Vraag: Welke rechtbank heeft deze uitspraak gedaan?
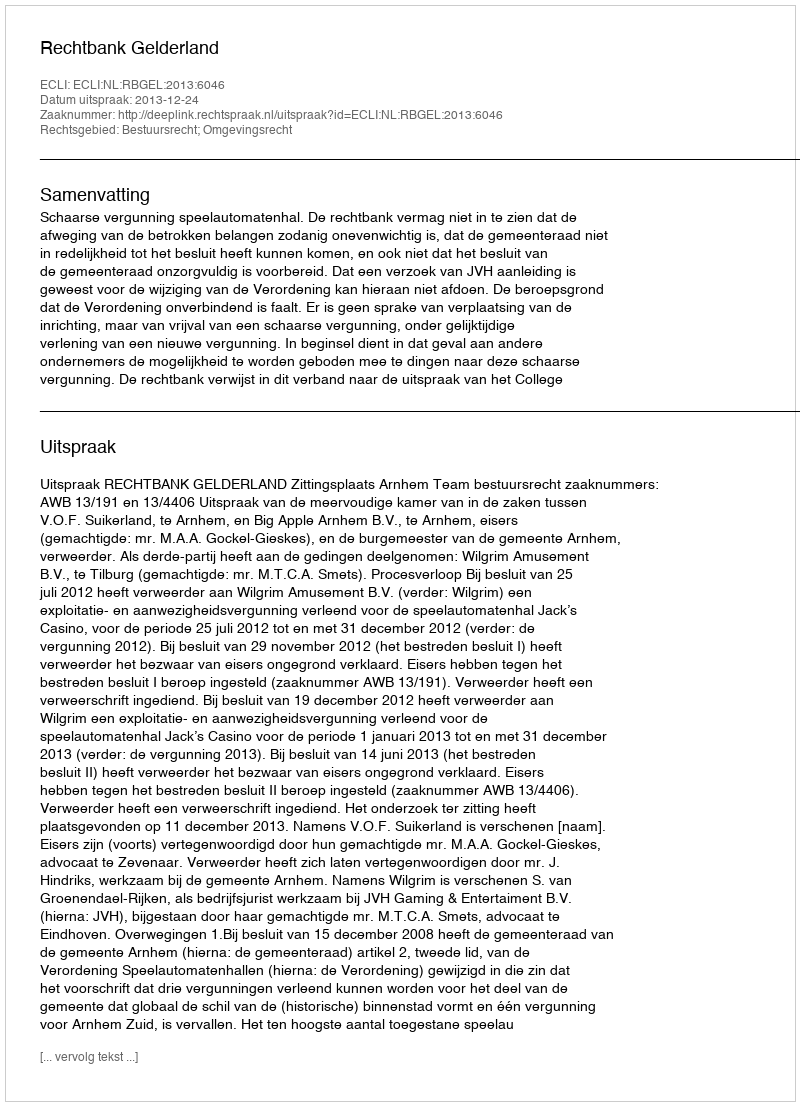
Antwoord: Rechtbank Gelderland